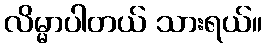
လိမ္မာပါတယ် သားရယ်။